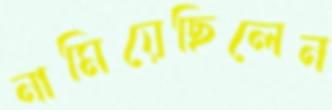
নামিয়েছিলেন